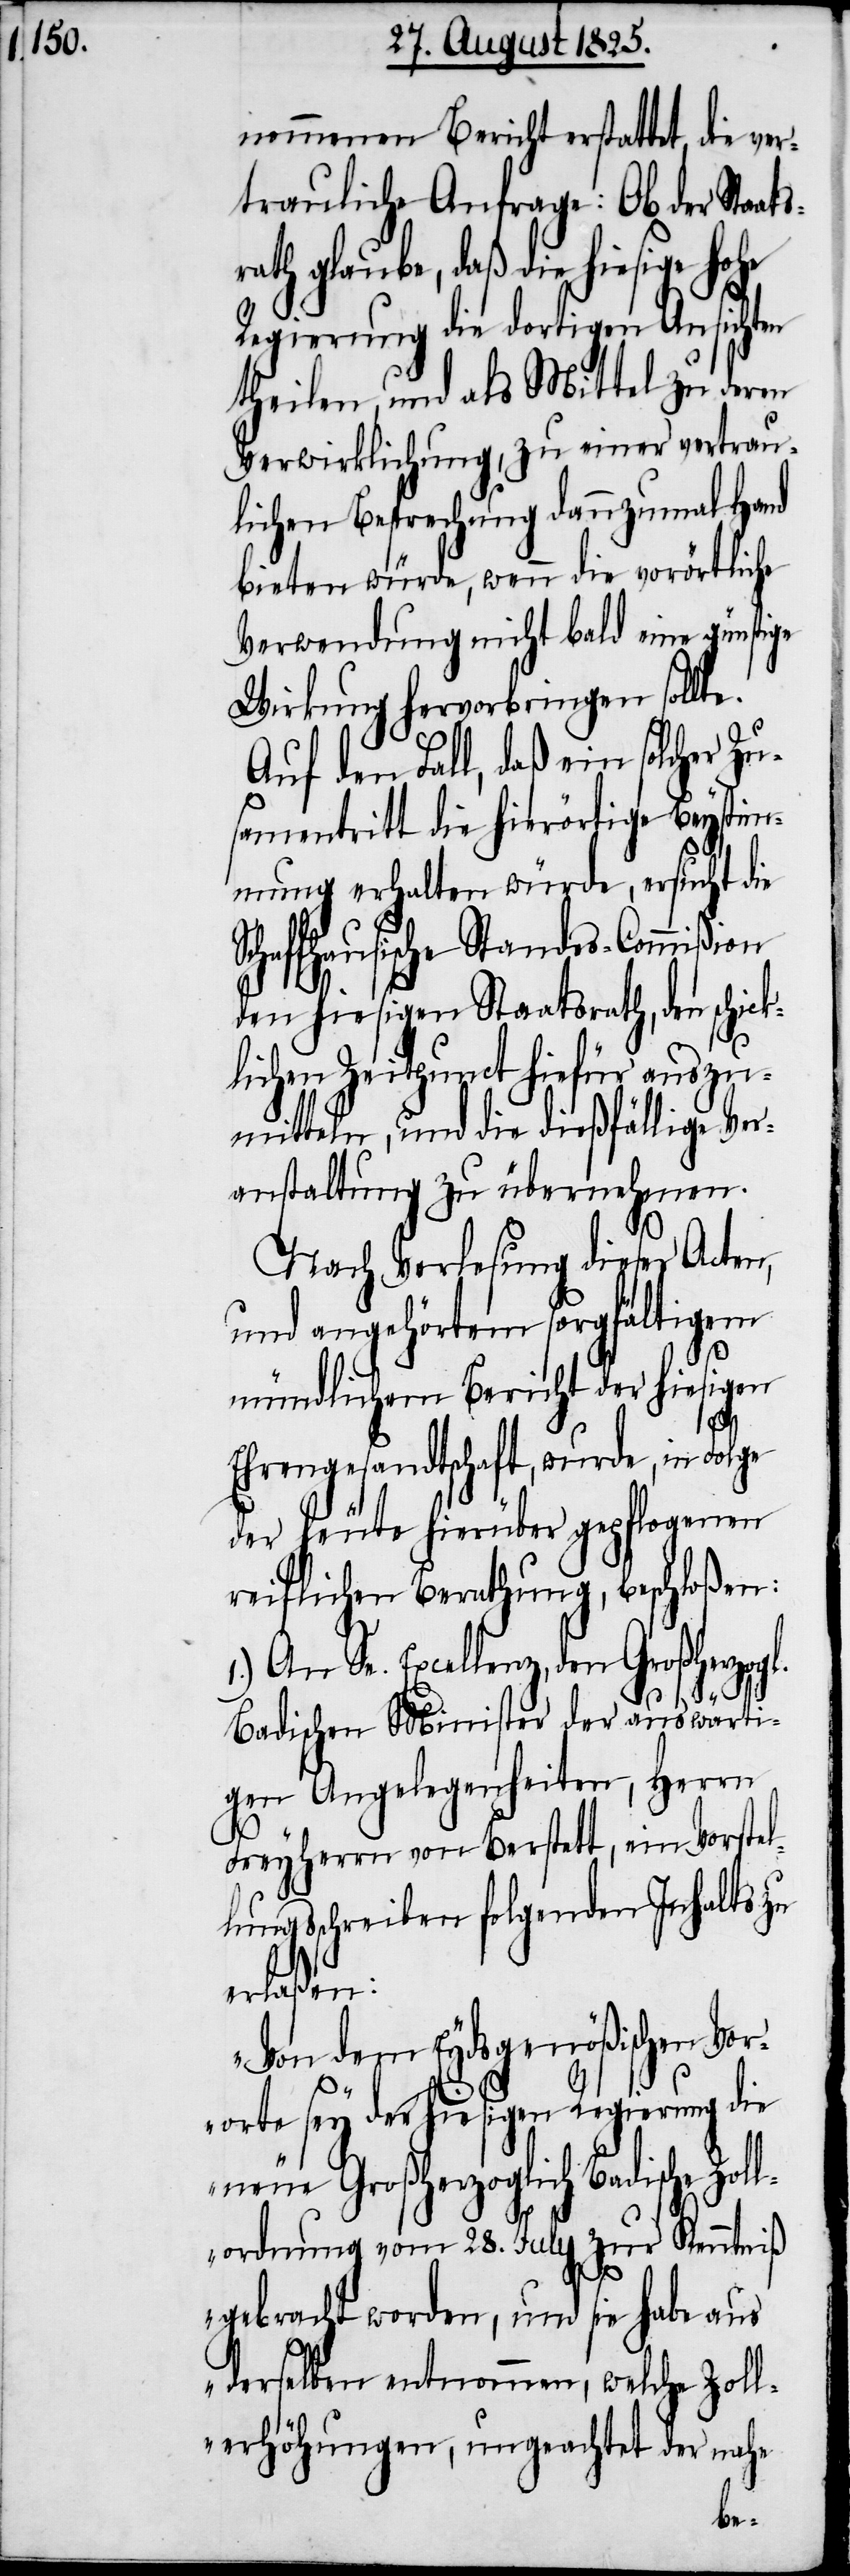
nommenen Bericht erstattet, die ver¬
trauliche Anfrage. Ob der Sta¬
rath glaube, daß die hiesige hohe
Regierung die dortigen Ansichten
theilen, und als Mittel zu deren
Verwirklichung, zu einer vertrau¬
lichen Besprechung dannzumal Hand
bieten würde, wenn die vorörtliche
Verwendung nicht bald eine günstige
Wirkung hervorbringen sollte.
Auf den Fall, daß ein solcher Zu¬
samentritt die hierörtige Beystim¬
mung erhalten würde, ersucht die
haffhausische Standes-Commißion
den hiesigen Staatsrath, den schi¬
lichen Zeitpunct hiefür auszu¬
mitteln, und die dießfällige Ver¬
anstaltung zu übernehmen.
Nach Verlesung dieser Acten,
und angehörtem sorgfältigem
mündlichem Bericht der hiesigen
Zol¬
Ehrengesandtschaft, wurde in Folge
der heute hierüber gepflogenen
reiflichen Berathung, beschloßen:
An Se. Excellenz, den Großherzo¬
Badischen Minister der auswärti¬
gen Angelegenheiten, Herrn
Freyherrn von Berstett, ein Vorstel¬
lungsschreiben folgenden Inhalts zu
erlaßen:
„Von dem Eydsgenößischen Vor¬
orte sey der hiesigen Regierung die
neue Großherzogliche Badische
lordnung vom 28. July zur Kenntniß
gebracht worden, und sie habe aus
derselben entnommen, welche Zoll¬
erhöhungen, ungeachtet der nahe-